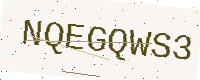
Text: NQEGQWS3